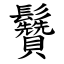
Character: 䰖